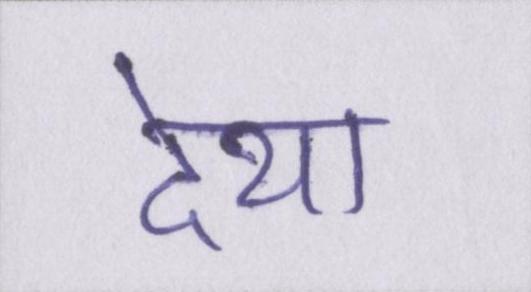
देथा